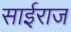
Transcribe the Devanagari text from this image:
साईराज